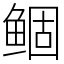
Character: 鲴